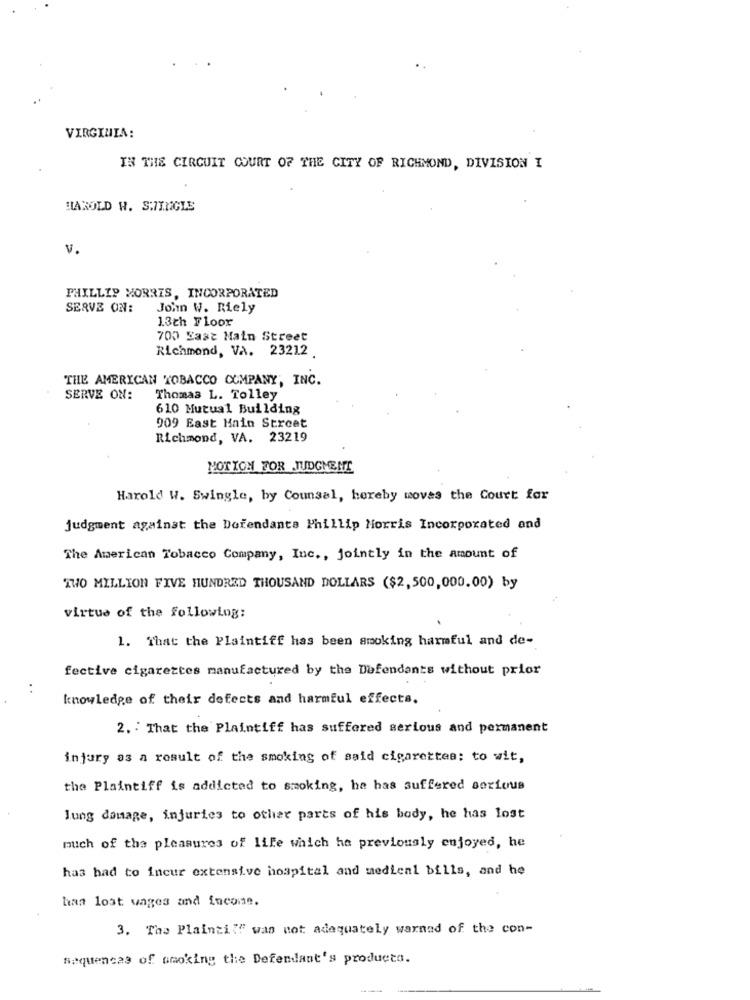
VIRGINIA:
IN THE CIRCUIT COURT OF THE CITY OF RICHMOND, DIVISION I
HAROLD W. S.7INGLE
V.
PHILLIP MORRIS, INCORPORATED
SERVE ON:
John W. Riely
13th Floor
700 Sast Main Street
Richmond, VA. 23212
THE AMERICAN TOBACCO COMPANY, INC.
SERVE ON:
Thomas L. Tolley
610 Mutual Building
909 East Main Street
Richmond, VA. 23219
MOTION FOR JUDGMENT
Harold W. Swingle, by Counsel, hereby moves the Court for
judgment against the Defendants Phillip Morris Incorporated and
The American Tobacco Company, Inc ., jointly in the amount of
TWO MILLION FIVE HUNDRED THOUSAND DOLLARS ($2,500,000.00) by
virtue of the following:
1. That the Plaintiff has been smoking harmful and de-
fective cigarettes manufactured by the Defendants without prior
. .
knowledge of their defects and harmful effects.
2. : That the Plaintiff has suffered serious and permanent
injury as a result of the smoking of said cigarettes: to wit,
the Plaintiff is addicted to smoking, he has suffered serious
lung damage, injuries to other parts of his body, he has lost
much of the pleasures of life which he previously enjoyed, he
has had to incur extensive hospital and medical bills, and he
han lost wages and income.
3. The Plaintiff was not adequately warnad of the con-
Sequencas of smoking the Defendant's producto.
--